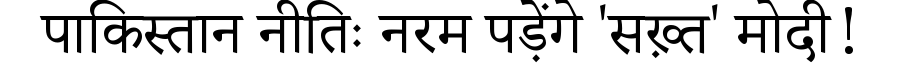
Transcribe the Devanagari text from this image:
पाकिस्तान नीतिः नरम पड़ेंगे 'सख़्त' मोदी!